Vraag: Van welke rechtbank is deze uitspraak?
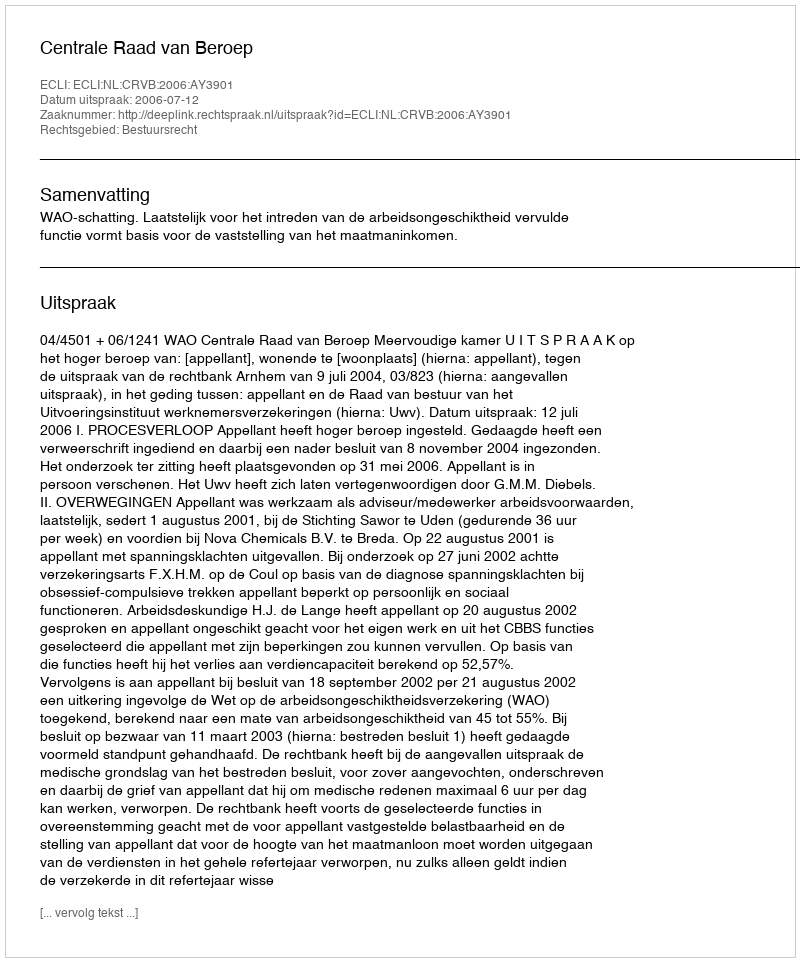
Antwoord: Centrale Raad van Beroep